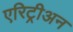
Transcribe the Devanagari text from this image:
एरिट्रीअन